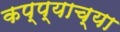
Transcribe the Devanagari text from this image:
कप्प्याच्या